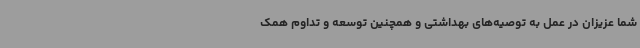
شما عزیزان در عمل به توصیه‌های بهداشتی و همچنین توسعه و تداوم همک